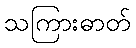
သကြားဓာတ်